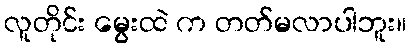
လူတိုင်း မွေးထဲ က တတ်မလာပါဘူး။